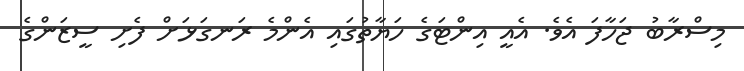
މިސްރާބު ޖަހާފަ އެވެ. އެއީ އިންޓަގެ ހަޔާތުގައި އެންމެ ރަނގަޅަށް ފެށި ސީޒަންގެ